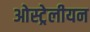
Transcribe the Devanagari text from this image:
ओस्ट्रेलीयन